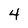
Character: 4